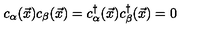
c _ { \alpha } ( { \vec { x } } ) c _ { \beta } ( { \vec { x } } ) = c _ { \alpha } ^ { \dagger } ( { \vec { x } } ) c _ { \beta } ^ { \dagger } ( { \vec { x } } ) = 0